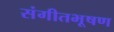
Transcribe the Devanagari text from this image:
संगीतभूषण